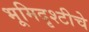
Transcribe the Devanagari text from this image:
भूमिदृश्टीचे